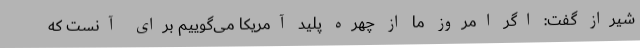
شیراز گفت: اگر امروز ما از چهره پلید آمریکا می‌گوییم برای آنست که